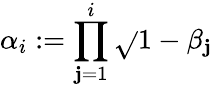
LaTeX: \alpha_{i}:=\prod_{\mathbf{j}=1}^{i}\sqrt{}{{1-\beta_{\mathbf{j}}}}